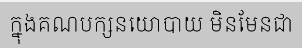
ក្នុងគណបក្សនយោបាយ មិនមែនជា